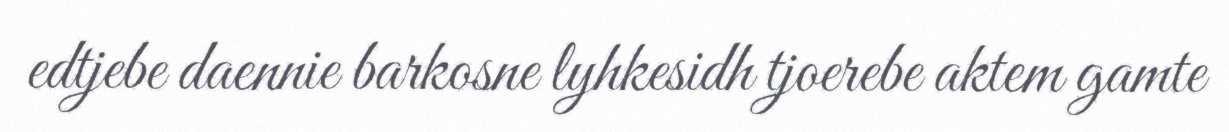
edtjebe daennie barkosne lyhkesidh tjoerebe aktem gamte